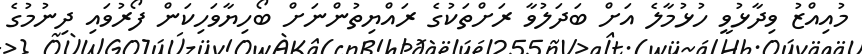
މުއިއްޒު ވިދާޅުވީ ހުޅުމާލެ އަށް ބަދަލުވާ ރަށްތަކުގެ ރައްޔިތުންނަށް ބޯހިޔާވަހިކަން ފޯރުވައި ދިނުމުގެ